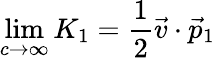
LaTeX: \operatorname*{lim}_{c\rightarrow\infty}K_{1}={\frac{1}{2}}\vec{v}\cdot\vec{p}_{1}